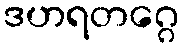
ဒဟရတဂ္ဂေ